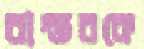
বাস্তবকে